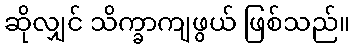
ဆိုလျှင် သိက္ခာကျဖွယ် ဖြစ်သည်။